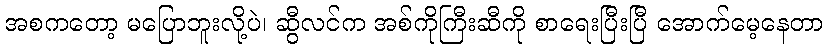
အစကတော့ မပြောဘူးလို့ပဲ၊ ဆွီလင်က အစ်ကိုကြီးဆီကို စာရေးပြီးပြီ အောက်မေ့နေတာ